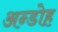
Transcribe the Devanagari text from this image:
अन्डोह